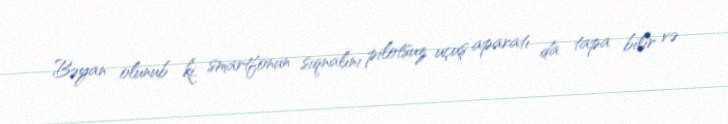
Bəyan olunub ki, smartfonun siqnalını pilotsuz uçuş aparatı da tapa bilir və